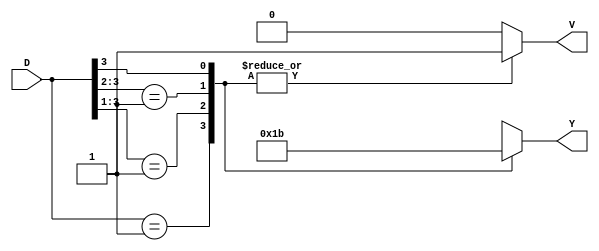
module en(D,Y,V); 
input [3:0]D; 
output reg [1:0]Y; 
output reg V;  
always@ * 
begin 
casex(D) 
4'b0001:  
begin 
Y=2'b00; V=1;  
end 
4'b001x: 
begin 
Y=2'b01; V=1; 
end
4'b01xx: 
begin 
Y=2'b10; V=1; 
end 
4'b1xxx:  
begin 
Y=2'b11; V=1; 
end 
default:  
begin 
Y=2'bx; V=0; 
end 
endcase 
end 
endmodule